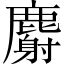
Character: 麝